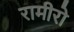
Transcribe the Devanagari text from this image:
रामीरो